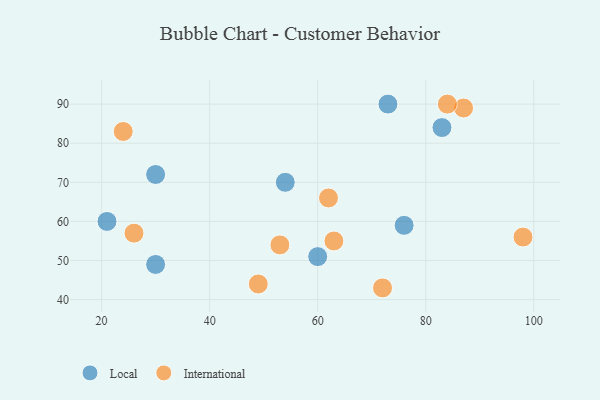
{"axis": {"x": "GDP", "y": "Life Expectancy"}, "legend": ["International", "Local"], "data": [{"x": "60", "y": 51, "type": "Local"}, {"x": "30", "y": 72, "type": "Local"}, {"x": "73", "y": 90, "type": "Local"}, {"x": "21", "y": 60, "type": "Local"}, {"x": "76", "y": 59, "type": "Local"}, {"x": "54", "y": 70, "type": "Local"}, {"x": "30", "y": 49, "type": "Local"}, {"x": "83", "y": 84, "type": "Local"}, {"x": "98", "y": 56, "type": "International"}, {"x": "87", "y": 89, "type": "International"}, {"x": "84", "y": 90, "type": "International"}, {"x": "62", "y": 66, "type": "International"}, {"x": "72", "y": 43, "type": "International"}, {"x": "49", "y": 44, "type": "International"}, {"x": "53", "y": 54, "type": "International"}, {"x": "63", "y": 55, "type": "International"}, {"x": "26", "y": 57, "type": "International"}, {"x": "24", "y": 83, "type": "International"}]}